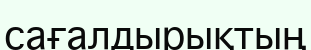
сағалдырықтың